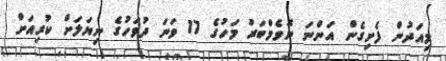
މިއަދުން ފެށިގެން އަންނަ ނޮވެމްބަރު މަހުގެ 17 ވަނަ ދުވަހުގެ ނިޔަލަށް ކުރިއަށް